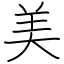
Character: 美